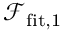
\mathcal { F } _ { \mathrm { f i t } , 1 }